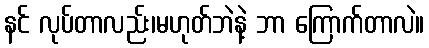
နင် လုပ်တာလည်း၊မဟုတ်ဘဲနဲ့ ဘာ ကြောက်တာလဲ။